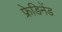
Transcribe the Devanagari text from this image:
फ्रेडिनेंड